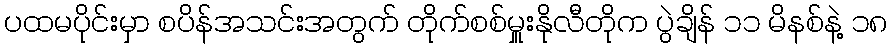
ပထမပိုင်းမှာ စပိန်အသင်းအတွက် တိုက်စစ်မှူးနိုလီတိုက ပွဲချိန် ၁၁ မိနစ်နဲ့ ၁၈